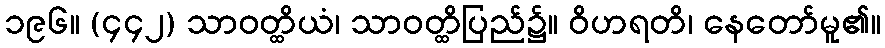
၁၉၆။ (၄၄၂) သာဝတ္ထိယံ၊ သာဝတ္ထိပြည်၌။ ဝိဟရတိ၊ နေတော်မူ၏။